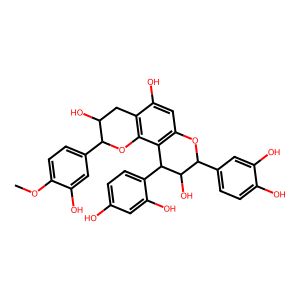
SMILES: COc1ccc(C2Oc3c(c(O)cc4c3C(c3ccc(O)cc3O)C(O)C(c3ccc(O)c(O)c3)O4)CC2O)cc1O
Inhibits HIV replication: No